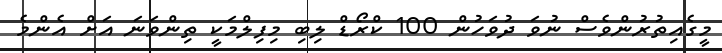
މީގެއިތުރުންވެސް ނުވަ ދުވަހުން 100 ކްރޯޑް ލިބި މިފިލްމަކީ ތިންވަނަ އަށް އެންމެ